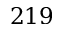
2 1 9